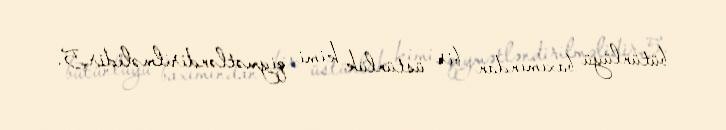
bütünlüyü baxımından bir üstünlük kimi qiymətləndirilməlidir.5.